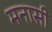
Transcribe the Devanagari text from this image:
मनासी